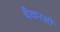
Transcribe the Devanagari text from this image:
थैकरसी